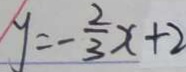
y = - \frac { 2 } { 3 } x + 2